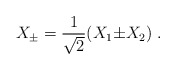
\begin{align*} X_{\pm} ={1\over \sqrt{2}}(X_1 {\pm} X_2)~.\end{align*}